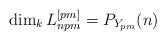
LaTeX: \begin{align*}\dim_kL^{[pm]}_{npm}=P_{Y_{pm}}(n)\end{align*}